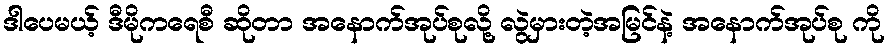
ဒါပေမယ့် ဒီမိုကရေစီ ဆိုတာ အနောက်အုပ်စုလို့ လွဲမှားတဲ့အမြင်နဲ့ အနောက်အုပ်စု ကို